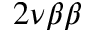
2 \nu \beta \beta